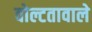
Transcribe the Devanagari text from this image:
वोल्टतावाले